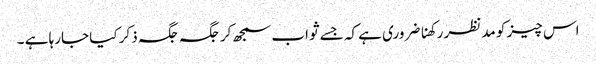
اس چیز کو مدنظر رکھنا ضروری ہے کہ جسے ثواب سمجھ کر جگہ جگہ ذکر کیا جارہا ہے ۔